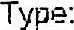
TYPE: